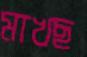
মাখছ